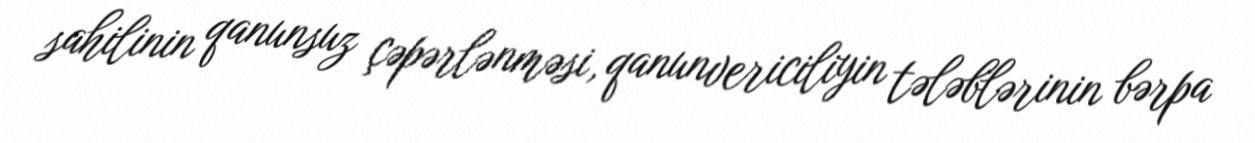
sahilinin qanunsuz çəpərlənməsi, qanunvericiliyin tələblərinin bərpa